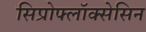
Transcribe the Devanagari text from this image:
सिप्रोफ्लॉक्सेसिन